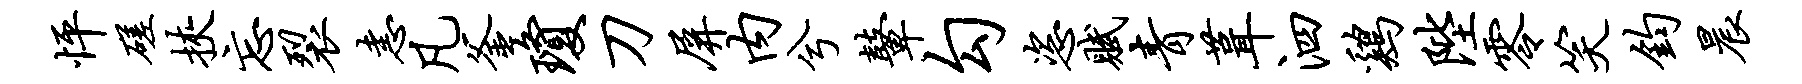
怦磋挟忘裂恚凡釜琼刀屏内兮鼙勾恣赋青葺泗鸡陛零笑钧晨